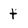
Character: t